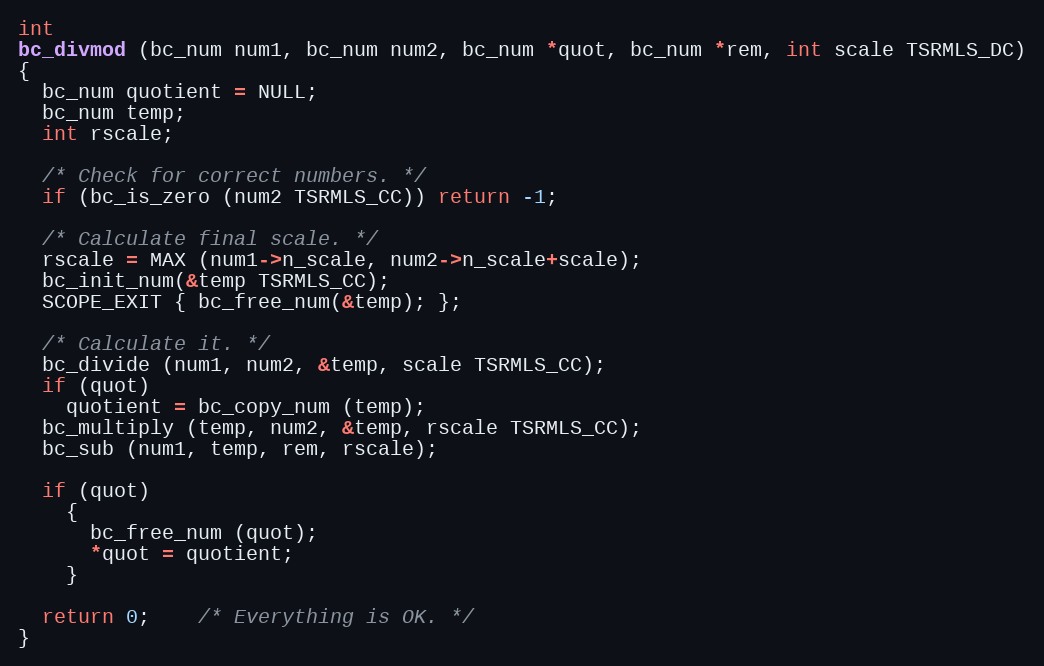
Language: C++
int
bc_divmod (bc_num num1, bc_num num2, bc_num *quot, bc_num *rem, int scale TSRMLS_DC)
{
  bc_num quotient = NULL;
  bc_num temp;
  int rscale;

  /* Check for correct numbers. */
  if (bc_is_zero (num2 TSRMLS_CC)) return -1;

  /* Calculate final scale. */
  rscale = MAX (num1->n_scale, num2->n_scale+scale);
  bc_init_num(&temp TSRMLS_CC);
  SCOPE_EXIT { bc_free_num(&temp); };

  /* Calculate it. */
  bc_divide (num1, num2, &temp, scale TSRMLS_CC);
  if (quot)
    quotient = bc_copy_num (temp);
  bc_multiply (temp, num2, &temp, rscale TSRMLS_CC);
  bc_sub (num1, temp, rem, rscale);

  if (quot)
    {
      bc_free_num (quot);
      *quot = quotient;
    }

  return 0;	/* Everything is OK. */
}